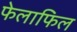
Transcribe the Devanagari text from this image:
फेलाफिल